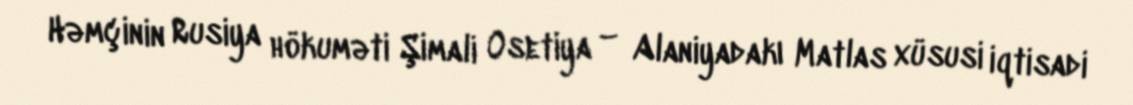
Həmçinin Rusiya hökuməti Şimali Osetiya – Alaniyadakı Matlas xüsusi iqtisadi